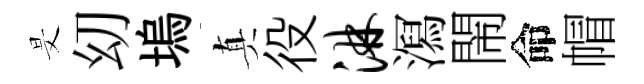
旻㓜塢真役淋㵼閙命帽